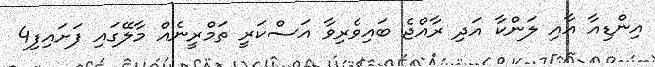
އިންޑިއާ އާއި ލަންކާ އަދި ރާއްޖެ ބައިވެރިވާ އަސްކަރީ ތަމްރީނެއް މާލޭގައި ފަށައިފި4